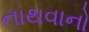
નાથવાનો